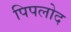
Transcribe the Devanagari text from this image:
पिपलोद